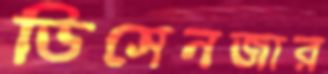
ডিসেনজার